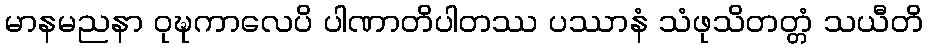
မာနမညနာ ဝုဍ္ဎကာလေပိ ပါဏာတိပါတဿ ပဿာနံ သံဖုသိတတ္တံ သယီတိ